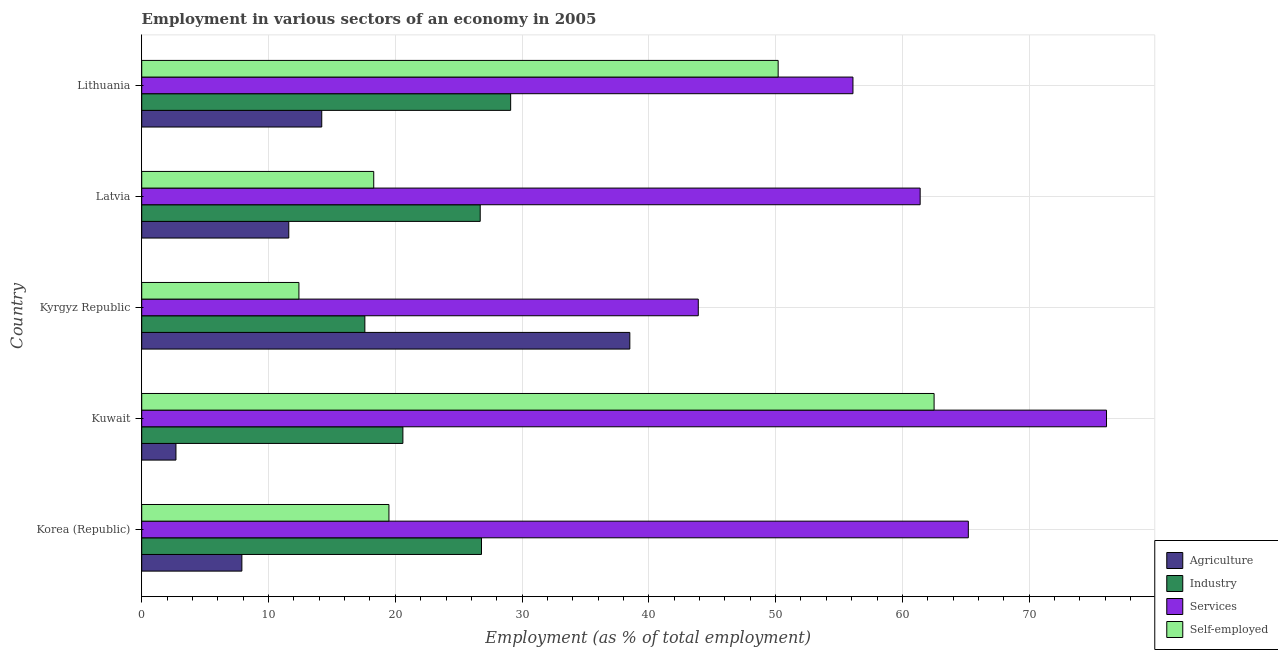
| Country | Agriculture | Industry | Services | Self-employed |
 | --- | --- | --- | --- | --- |
 | Korea (Republic) | 7.9 | 26.8 | 65.2 | 19.5 |
 | Kuwait | 2.7 | 20.6 | 76.1 | 62.5 |
 | Kyrgyz Republic | 38.5 | 17.6 | 43.9 | 12.4 |
 | Latvia | 11.6 | 26.7 | 61.4 | 18.3 |
 | Lithuania | 14.2 | 29.1 | 56.1 | 50.2 |